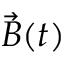
\vec { B } ( t )